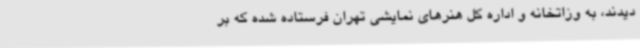
دیدند، به وزاتخانه و اداره کل هنرهای نمایشی تهران فرستاده شده که بر